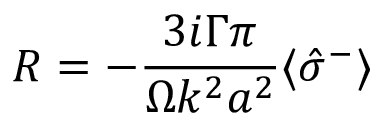
{ \cal R } = - \frac { 3 i \Gamma \pi } { \Omega k ^ { 2 } a ^ { 2 } } \langle \hat { \sigma } ^ { - } \rangle